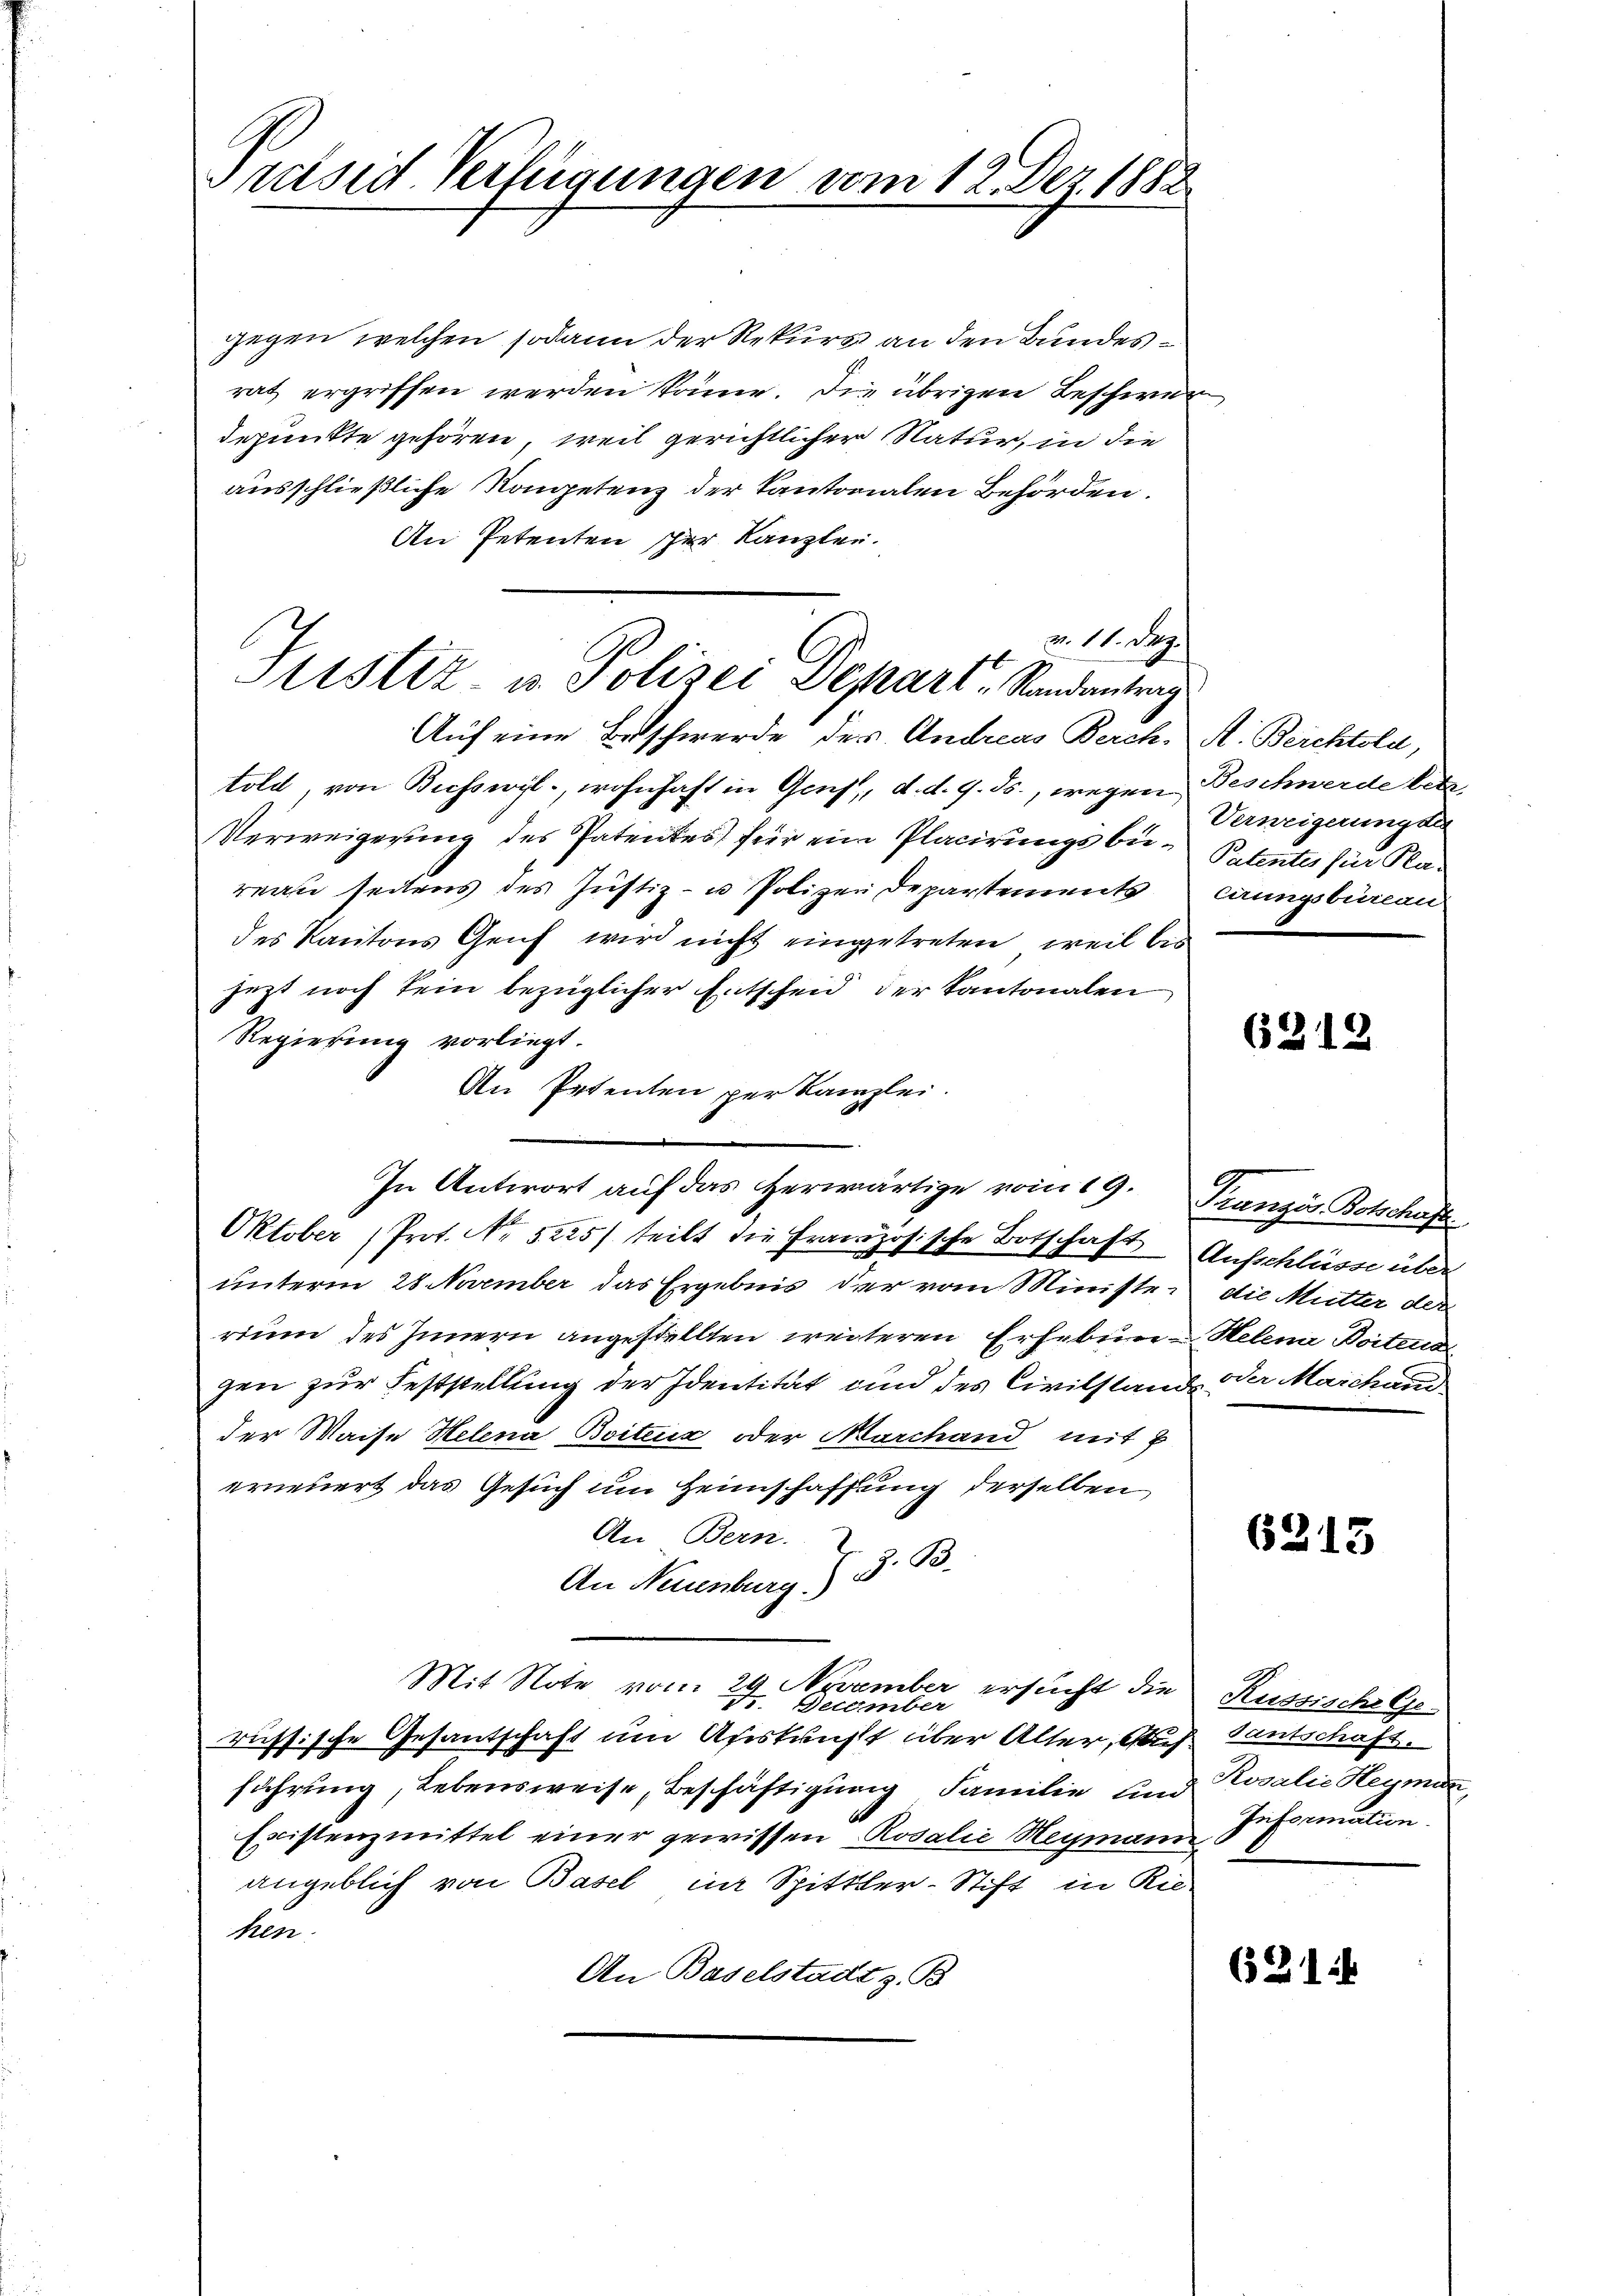
Präsid Verfügungen vom 12. Dez. 1882

gegen welchen sodann der Rekurs an den Bundesrat ergriffen werden könne. Die übrigen Beschwer
depunkte gehören, weil gerichtlicher Natur, in die
ausschließliche Kometenz der Kantonalen Behörden.
An Petenten her Kanzlei.
Auf eine Beschwerde der Andreas Berch. A. Berchtold,
told, von Buchswil, wohnhaft in Genf, d. d. 9. ds., wegen Beschwerde letz
Verweigerung des Patentes für ein Placirungsbereau seitens des Justiz- u Polizei Departements caungsbureau
des Kantons Genf wird nicht eingetreten, weil bis
jezt noch kein bezüglicher Entscheid der Kantonalen
Regierung vorliegt.
An Petenten per Kanzlei.
In Antwort auf das herwärtige vom 19. Französ. Botschaft
Oktober (Prot. No 5225) teilt die Französische Botschaft Aufschlüsse über
unterm 28. November das Ergebnis der vom Ministe
rium des Innern angestellten weiteren Erhebung Helena Boitend
gen zur Feststellung der Identität und des Civilstand der Marchand
der Waise Helena Boitenz oder Marchand mit
erneuert das Gesuch um Heimschaffung derselben
An Bern.
An Neuenburg § 3. B.
Mit Note vom 24. November ersucht die
Octember
russische Gesantschaft um Auskunft über Alter, Ausführung, Lebensweise, Beschäftigung Familie und
Existenzmittel einer gewissen Rosalie Heymann
angeblich von Basel im Spittler-Stift in Riehen.
An Baselstadt z. B.

m 11. Dez.
Justiz- u. Polizei Depart, Randantrag

2

Verweigerungsa
Patentes für Pla-

6312

die Mutter der

6315

Küssische Gedantschaft.
Rovalie Heyman,
Information

621